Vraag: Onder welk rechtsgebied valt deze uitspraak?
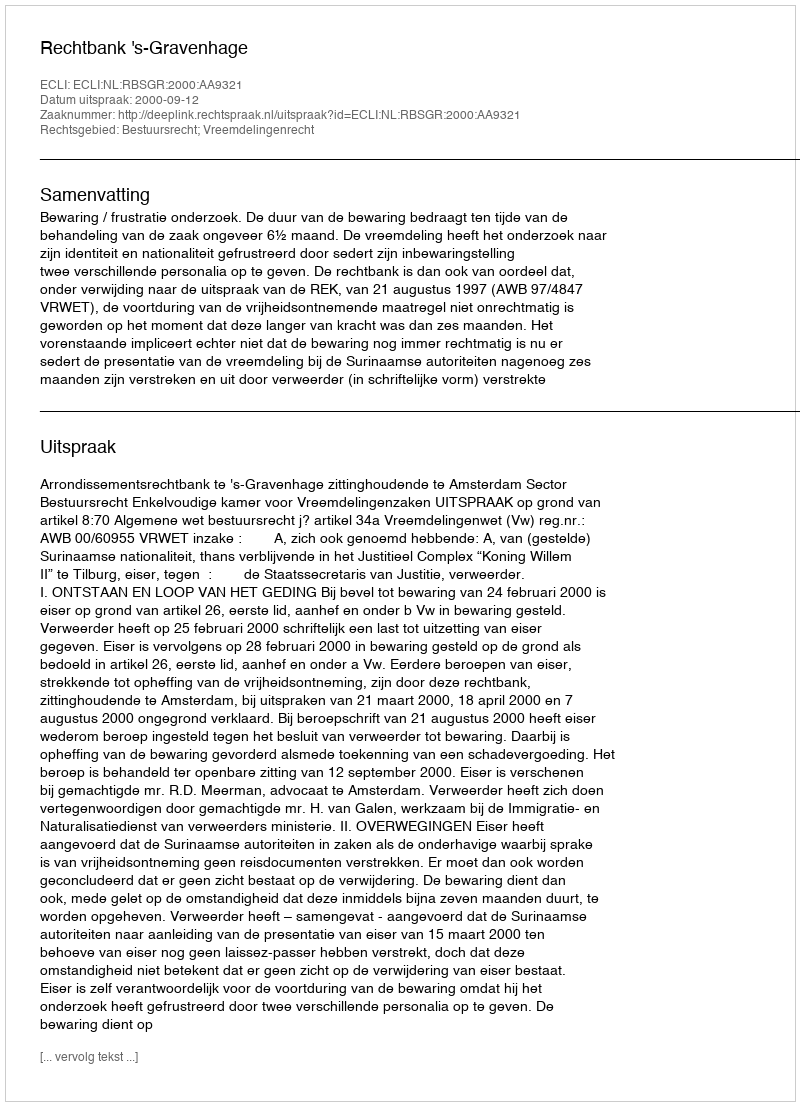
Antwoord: Bestuursrecht; Vreemdelingenrecht